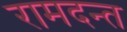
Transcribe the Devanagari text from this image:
रामदन्त